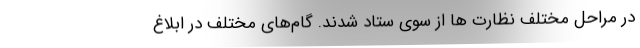
در مراحل مختلف نظارت ها از سوی ستاد شدند. گام‌های مختلف در ابلاغ